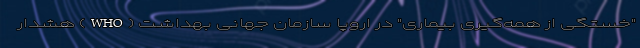
"خستگی از همه‌گیری بیماری" در اروپا سازمان جهانی بهداشت (WHO) هشدار